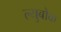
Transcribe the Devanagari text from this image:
ल्युबोक